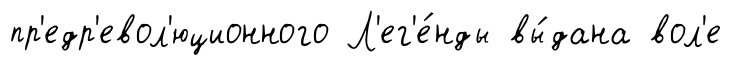
пр'едр'евол'юционного Л'ег'е́нды вы́дана вол'е